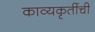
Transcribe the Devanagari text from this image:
काव्यकृतींची